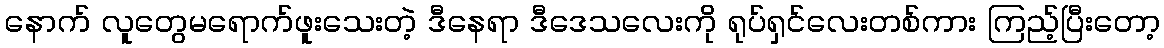
နောက် လူတွေမရောက်ဖူးသေးတဲ့ ဒီနေရာ ဒီဒေသလေးကို ရုပ်ရှင်လေးတစ်ကား ကြည့်ပြီးတော့